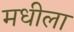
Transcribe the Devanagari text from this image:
मधीला